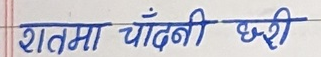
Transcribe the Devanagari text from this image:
शतमा चाँदनी छरी